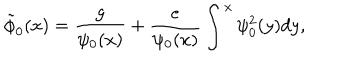
LaTeX: \tilde { \phi } _ { 0 } ( x ) = \frac { g } { \psi _ { 0 } ( x ) } + \frac { e } { \psi _ { 0 } ( x ) } \int ^ { x } \psi _ { 0 } ^ { 2 } ( y ) d y ,